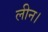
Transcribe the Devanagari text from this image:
लीन।